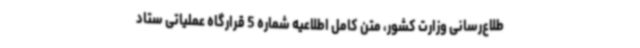
طلاع‌رسانی وزارت کشور، متن کامل اطلاعیه شماره 5 قرارگاه عملیاتی ستاد